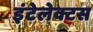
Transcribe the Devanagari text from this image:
इंटेलेक्टस